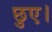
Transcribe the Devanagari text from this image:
छुए।